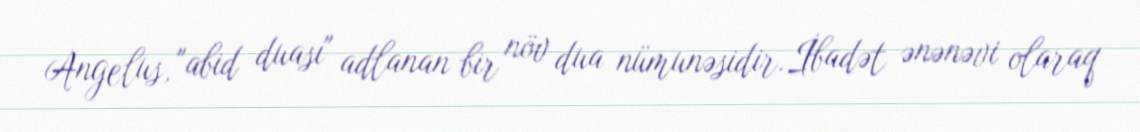
Angelus, "abid duası" adlanan bir növ dua nümunəsidir.İbadət ənənəvi olaraq